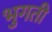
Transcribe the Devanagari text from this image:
भुगती